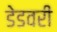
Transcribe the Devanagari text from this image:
डेडवरी